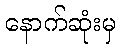
နောက်ဆုံးမှ